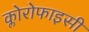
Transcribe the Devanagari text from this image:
क्लोरोफाइसी